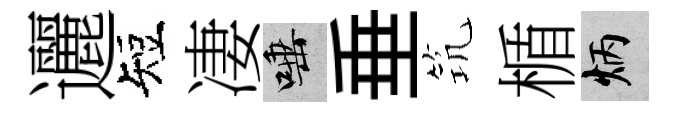
邐短凄唾垂𥬑楯炳